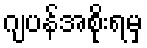
ဂျပန်အစိုးရမှ